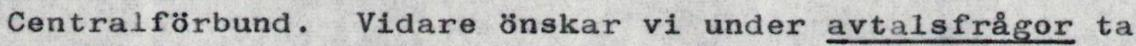
Centralförbund. Vidare önskar vi under avtalsfrågor ta